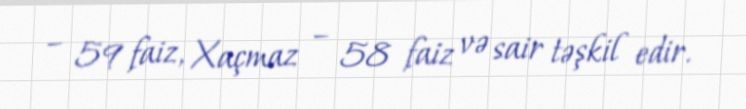
– 59 faiz, Xaçmaz – 58 faiz və sair təşkil edir.